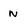
Character: n